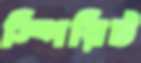
স্পিরিট